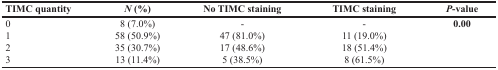
| TIMC quantity | N (%) | No TIMC staining | TIMC staining | P-value |
 | --- | --- | --- | --- | --- |
 | 0 | 8 (7.0%) | - | - | 0.00 |
 | 1 | 58 (50.9%) | 47 (81.0%) | 11 (19.0%) |  |
 | 2 | 35 (30.7%) | 17 (48.6%) | 18 (51.4%) |  |
 | 3 | 13 (11.4%) | 5 (38.5%) | 8 (61.5%) |  |